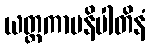
ယတ္ထကာမနိပါတိနံ